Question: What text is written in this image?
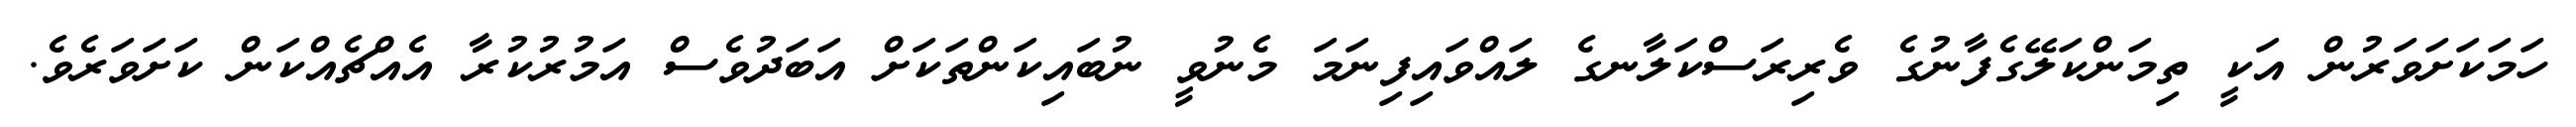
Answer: ހަމަކަށަވަރުން އަކީ ތިމަންކަލޭގެފާނުގެ ވެރިރަސްކަލާނގެ ލައްވައިފިނަމަ މެނުވީ ނުބައިކަންތަކަށް އަބަދުވެސް އަމުރުކުރާ އެއްޗެއްކަން ކަށަވަރެވެ.